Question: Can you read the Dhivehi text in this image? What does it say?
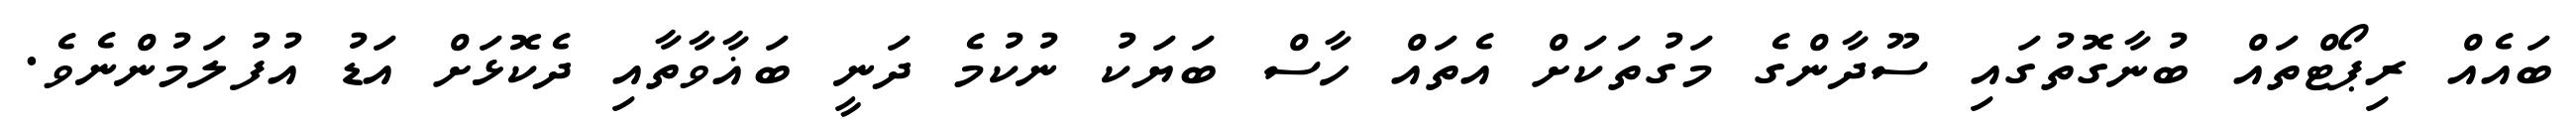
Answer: ބައެއް ރިޕޯޓްތައް ބުނާގޮތުގައި ސޫދާންގެ މަގުތަކަށް އެތައް ހާސް ބަޔަކު ނުކުމެ ދަނީ ބަޣާވާތާއި ދެކޮޅަށް އަޑު އުފުލަމުންނެވެ.